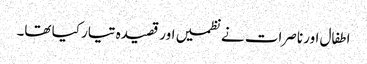
اطفال اور ناصرات نے نظمیں اور قصیدہ تیار کیا تھا۔